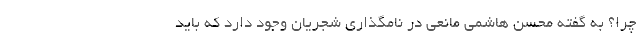
چرا؟ به گفته محسن هاشمی مانعی در نامگذاری شجریان وجود دارد که باید